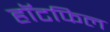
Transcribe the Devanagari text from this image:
हॉटफिल